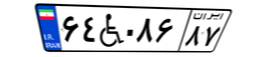
۶۴W۰۸۶۸۷